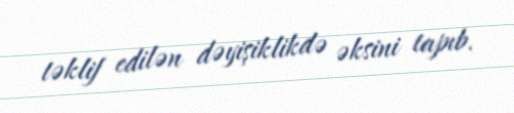
təklif edilən dəyişiklikdə əksini tapıb.